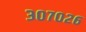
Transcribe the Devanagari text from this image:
३०७०२६